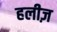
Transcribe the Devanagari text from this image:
हलीज़